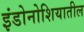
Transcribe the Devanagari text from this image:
इंडोनोशियातील